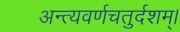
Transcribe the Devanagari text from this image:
अन्त्यवर्णचतुर्दशम्।